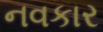
નવકાર